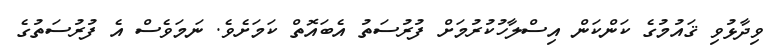
ވިދާޅުވި ޤައުމުގެ ކަންކަން އިސްލާހުކުރުމަށް ފުރުސަތު އެބައޮތް ކަމަށެވެ. ނަމަވެސް އެ ފުރުސަތުގެ